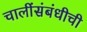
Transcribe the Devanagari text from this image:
चालींसंबंधीची